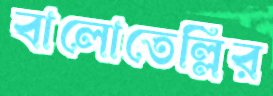
বালোতেল্লির